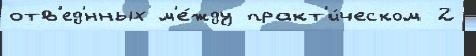
отв'ед'́нных м'е́жду практ'и́ческом 2